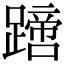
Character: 𨅙